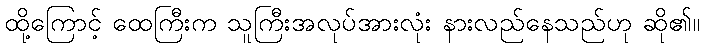
ထို့ကြောင့် ထေကြီးက သူကြီးအလုပ်အားလုံး နားလည်နေသည်ဟု ဆို၏။